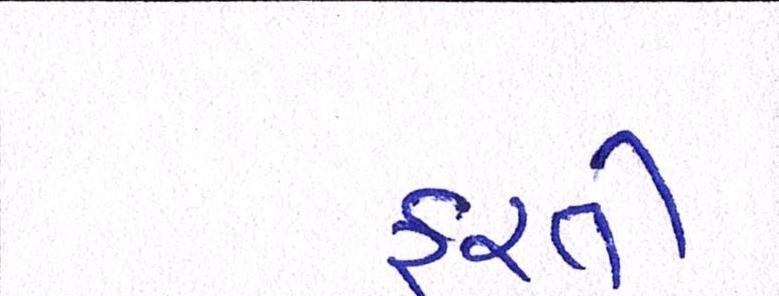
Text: ફરતી